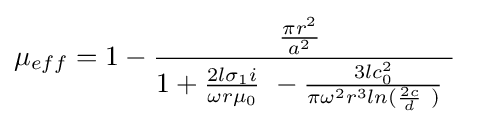
\mu _{eff}=1-{\frac {{\frac {\pi r^{2}}{a^{2}}}\ }{1+{\frac {2l\sigma _{1}i}{\omega r\mu _{0}}}\ -{\frac {3lc_{0}^{2}}{\pi \omega ^{2}r^{3}ln({\frac {2c}{d}}\ )}}\ }}\